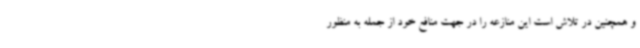
و همچنین در تلاش است این منازعه را در جهت منافع خود از جمله به منظور